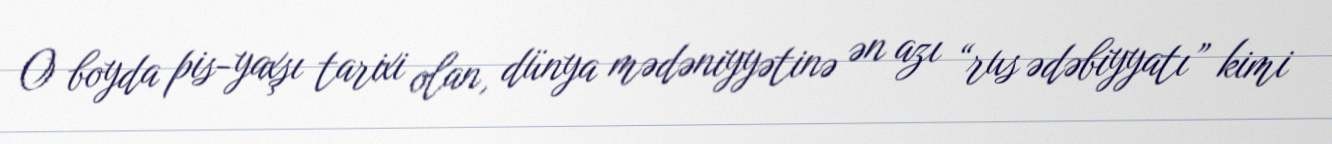
O boyda pis-yaxşı tarixi olan, dünya mədəniyyətinə ən azı “rus ədəbiyyatı” kimi